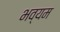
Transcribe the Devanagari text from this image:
भव्यम